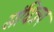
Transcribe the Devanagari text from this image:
संधित्रय